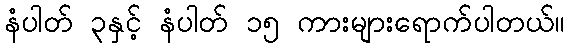
နံပါတ် ၃နှင့် နံပါတ် ၁၅ ကားများရောက်ပါတယ်။